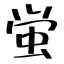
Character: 蛍